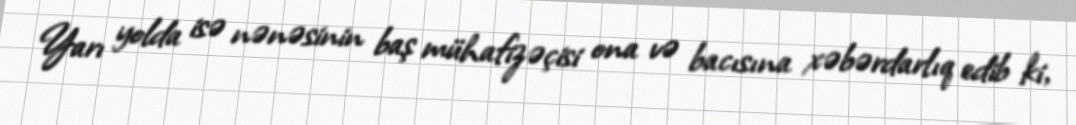
Yarı yolda isə nənəsinin baş mühafizəçisi ona və bacısına xəbərdarlıq edib ki,